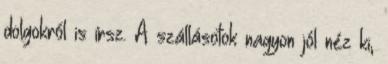
dolgokról is írsz. A szállásotok nagyon jól néz ki,